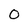
Character: 0